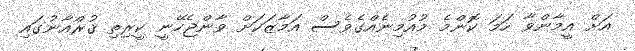
އަށް އީމާންވާ ހަމަ ކޮންމެ މުއުމިނެއްގެވެސް އަމާޒަކަށް ވާންޖެހޭނީ ކީރިތި ޤުރްއާނުގައި